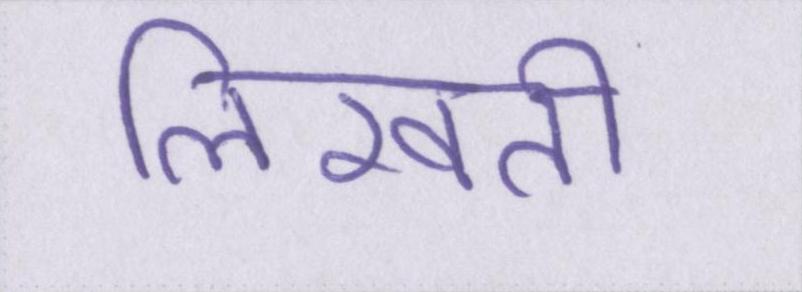
लिखती